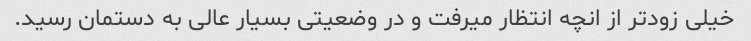
خیلی زودتر از انچه انتظار میرفت و در وضعیتی بسیار عالی به دستمان رسید.